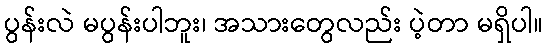
ပွန်းလဲ မပွန်းပါဘူး၊ အသားတွေလည်း ပဲ့တာ မရှိပါ။